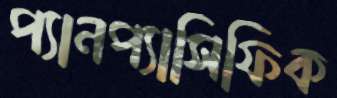
প্যানপ্যাসিফিক